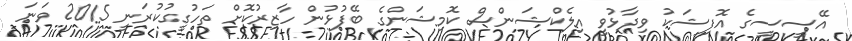
އޭސީސީގެ އޮފިޝަކު ވިދާޅުވީ އިލެކްޝަންސް ކޮމިޝަންގެ ބޭފުޅުން ހާޒިރުކޮށް ތަހުގީގުކުރަނީ 2015 ވަނަ